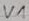
Text: V1